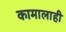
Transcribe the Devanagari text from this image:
कामालाही